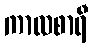
ကာလစာရီ